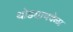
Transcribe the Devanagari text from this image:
थोड्याचवेळा